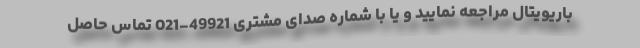
باریویتال مراجعه نمایید و یا با شماره صدای مشتری 49921-021 تماس حاصل